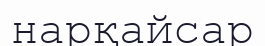
нарқайсар